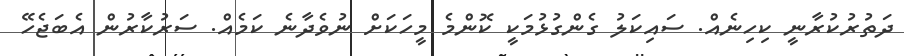
ދަތުރުކުރާނީ ކިހިނެއް. ސައިކަލު ގެންގުޅުމަކީ ކޮންމެ މީހަކަށް ނުވެދާނެ ކަމެއް. ސަރުކާރުން އެބަޖެހޭ